Calcutta medical institutions reports 1871-78
Year: 1871
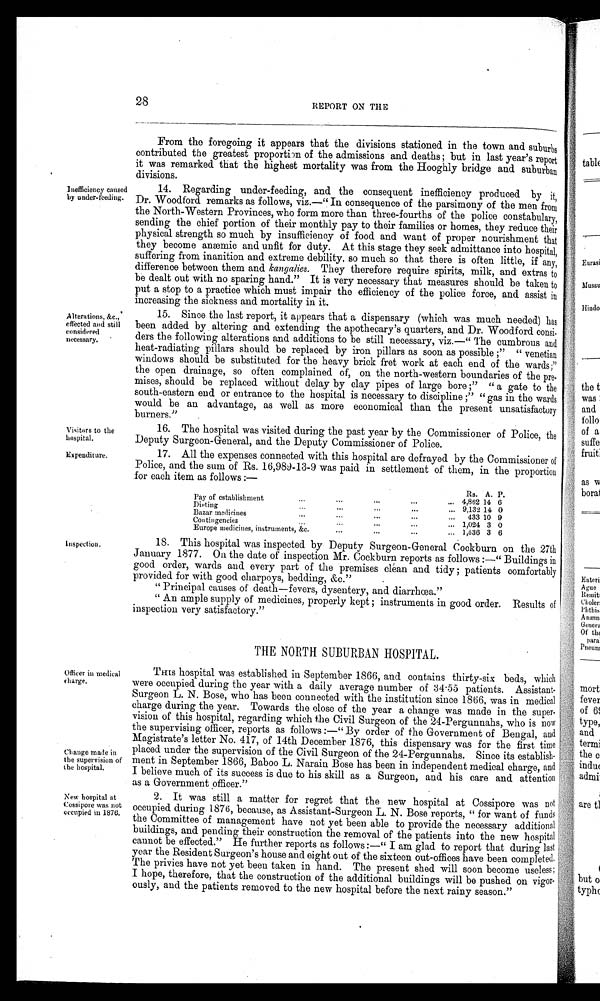
Change made in
the supervision of
the hospital.
New hospital at
Cossipore was not
occupied in 1876.
Inspection.
28
REPORT ON THE
From the foregoing it appears that the divisions stationed in the town and suburbs
contributed the greatest proportion of the admissions and deaths; but in last year's report
it was remarked that the highest mortality was from the Hooghly bridge and suburban
divis
i o n s .
Inefficiency caused
by under-feeding.
14. Regarding under-feeding, and the consequent inefficiency produced by it,
Dr. Woodford remarks as follows, viz.—"In consequence of the parsimony of the men from
the North-Western Provinces, who form more than three-fourths of the police constabulary,
sending the chief portion of their monthly pay to their families or homes, they reduce their
physical strength so much by insufficiency of food and want of proper nourishment that
they become anæmic and unfit for duty. At this stage they seek admittance into hospital,
suffering from inanition and extreme debility, so much so that there is often little, if any,
difference between them and kangalies. They therefore require spirits, milk, and extras to
be dealt out with no sparing hand." It is very necessary that measures should be taken to
put a stop to a practice which must impair the efficiency of the police force, and assist in
increasing the sickness and mortality in it.
Alterations. &c.,
effected and still
considered
necessary.
15. Since the last report, it appears that a dispensary (which was much needed) has
been added by altering and extending the apothecary's quarters, and Dr. Woodford consi-
ders the following alterations and additions to be still necessary, viz.—"The cumbrous and
heat-radiating pillars should be replaced by iron pillars as soon as possible;" "venetian
windows should be substituted for the heavy brick fret work at each end of the wards;"
the open drainage, so often complained of, on the north-western boundaries of the pre-
mises, should be replaced without delay by clay pipes of large bore;" "a gate to the
south-eastern end or entrance to the hospital is necessary to discipline;" "gas in the wards
would be an advantage, as well as more economical than the present unsatisfactory
burners."
Visitors to the
hospital.
16. The hospital was visited during the past year by the Commissioner of Police, the
Deputy Surgeon-General, and the Deputy Commissioner of Police.
Expenditure.
17. All the expenses connected with this hospital are defrayed by the Commissioner of
Police, and the sum of Rs. 16,989-13-9 was paid in settlement of them, in the proportion
for each item as follows:—
Pay of establishment
...
...
...
...
...
Rs. A. P.
4,862 14 6
Dieting ... ... ... ... ... 9,132 14 0
Bazar medicines ... ... ... ... ... 433 10 9
Contingencies ... ... ... ... ... 1,024 3 0
E u r o p e m e d i c i n e s , i n s t r u m e n t s , & c . . . . . . . . . . . . .
1,536 3 6
18. This hospital was inspected by Deputy Surgeon-General Cockburn on the 27th
January 1877. On the date of inspection Mr. Cockburn reports as follows:—"Buildings in
good order, wards and every part of the premises clean and tidy; patients comfortably
provided for with good charpoys, bedding, &c."
"Principal causes of death—fevers, dysentery, and diarrhœa."
"An ample supply of medicines, properly kept; instruments in good order. Results of
inspection very satisfactory."
Officer in medical
charge.
THE NORTH SUBURBAN HOSPITAL.
THIS hospital was established in September 1866, and contains thirty-six beds, which
were occupied during the year with a daily average number of 34 . 55 patients. Assistant-
Surgeon L. N. Bose, who has been connected with the institution since 1866, was in medical
charge during the year. Towards the close of the year a change was made in the super-
-vision of this hospital, regarding which the Civil Surgeon of the 24-Pergunnahs, who is now
t he s upe r vi s i ng of f i c e r , r e por t s a s f ol l ows : —" By or de r of t he Gove r nme nt of Be nga l , a nd
Magistrate's letter No. 417, of 14th December 1876, this dispensary was for the first time
placed under the supervision of the Civil Surgeon of the 24-Pergunnahs. Since its establish--
ment in September 1866, Baboo L. Narain Bose has been in independent medical charge, and
I believe much of its success is due to his skill as a Surgeon, and his care and attention
as a Government officer."
2. It was still a matter for regret that the new hospital at Cossipore was not
occupied during 1876, because, as Assistant-Surgeon L. N. Bose reports, "for want of funds
the Committee of management have not yet been able to provide the necessary additional
buildings, and pending their construction the removal of the patients into the new hospital
cannot be effected." He further reports as follows:—"I am glad to report that during last
year the Resident Surgeon's house and eight out of the sixteen out-offices have been completed
. T h e p r i v i e s h a v e n o t y e t b e e n t a k e n i n h a n d . T h e p r e s e n t s h e d w i l l s o o n b e c o m e u s e l e s s ;
I hope, therefore, that the construction of the additional buildings will be pushed on vigor--
ously, and the patients removed to the new hospital before the next rainy season."